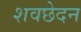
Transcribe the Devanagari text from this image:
शवछेदन